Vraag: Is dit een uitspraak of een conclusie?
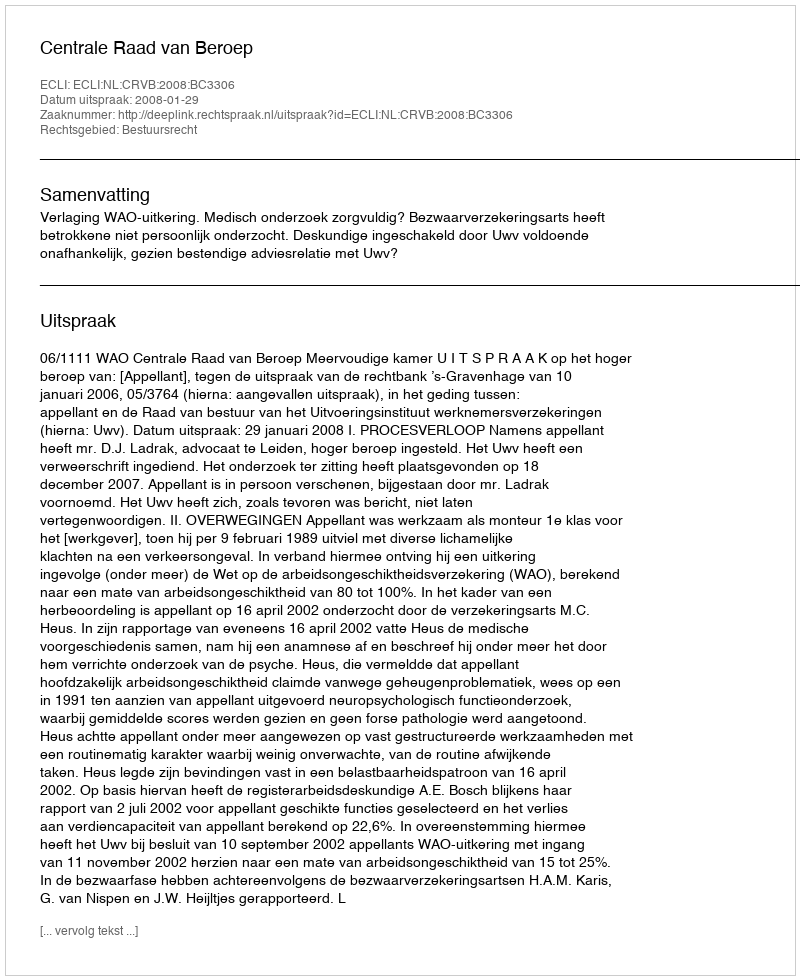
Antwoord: Uitspraak